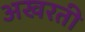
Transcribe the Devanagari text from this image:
अखरती